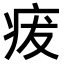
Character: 𤵬